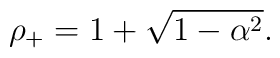
\rho_+=1+\sqrt{1-\alpha^2}.